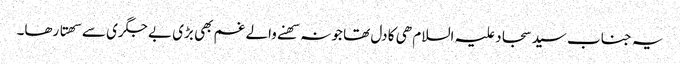
یہ جناب سید سجاد علیہ السلام ھی کا دل تھا جو نہ سھنے والے غم بھی بڑی بے جگری سے سھتا رھا۔